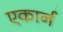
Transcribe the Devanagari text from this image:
एकार्न